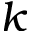
k